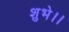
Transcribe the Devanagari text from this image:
शुभे।।